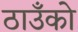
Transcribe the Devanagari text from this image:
ठाउँको